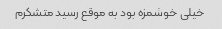
خیلی خوشمزه بود به موقع رسید متشکرم